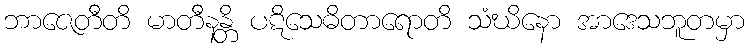
ဘာဇေတီတိ မာတီနန္တိ ပဋိသေဓိတာရောတိ သံဃိနော အာဒေသဘူတမှာ